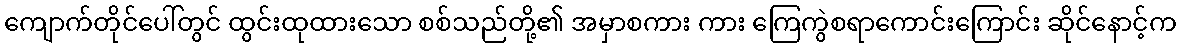
ကျောက်တိုင်ပေါ်တွင် ထွင်းထုထားသော စစ်သည်တို့၏ အမှာစကား ကား ကြေကွဲစရာကောင်းကြောင်း ဆိုင်နောင့်က